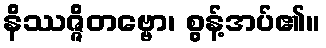
နိဿဇ္ဇိတဗ္ဗော၊ စွန့်အပ်၏။